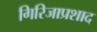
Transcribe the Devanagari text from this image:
गिरिजाप्रशाद